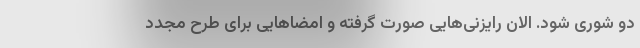
دو شوری شود. الان رایزنی‌هایی صورت گرفته و امضاهایی برای طرح مجدد